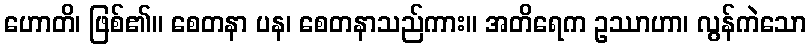
ဟောတိ၊ ဖြစ်၏။ စေတနာ ပန၊ စေတနာသည်ကား။ အတိရေက ဥဿာဟာ၊ လွန်ကဲသော